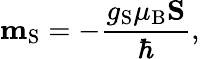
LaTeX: \mathbf{m}_{\mathrm{S}}=-{\frac{g_{\mathrm{S}}\mu_{\mathrm{B}}\mathbf{S}}{\hbar}},